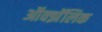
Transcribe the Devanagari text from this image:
ऑक्झॅलिक